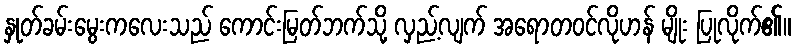
နှုတ်ခမ်းမွေးကလေးသည် ကောင်းမြတ်ဘက်သို့ လှည့်လျက် အရောတဝင်လိုဟန် မျိုး ပြုလိုက်၏။